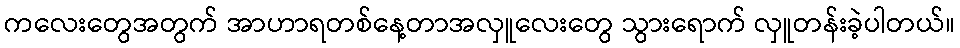
ကလေးတွေအတွက် အာဟာရတစ်နေ့တာအလှူလေးတွေ သွားရောက် လှူတန်းခဲ့ပါတယ်။